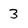
Character: 3